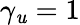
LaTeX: \gamma_{\mathit{u}}=1